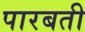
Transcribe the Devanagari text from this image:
पारबती